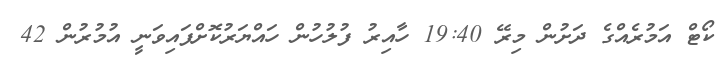
ކޯޓް އަމުރެއްގެ ދަށުން މިރޭ 19:40 ހާއިރު ފުލުހުން ހައްޔަރުކޮށްފައިވަނީ އުމުރުން 42